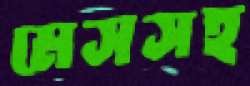
মেসসহ